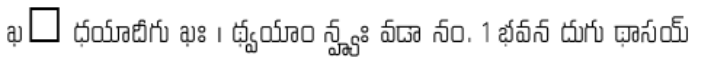
ఖఀ ధయాదీగు ఖః । థ్వయాం న్హ్యః వడా నం. 1 భవన దుగు థాసయ్